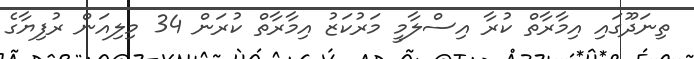
ތިނަދޫގައި އިމާރާތް ކުރާ އިސްލާމީ މަރުކަޒު އިމާރާތް ކުރަން 34 މިލިއަން ރުފިޔާގެ